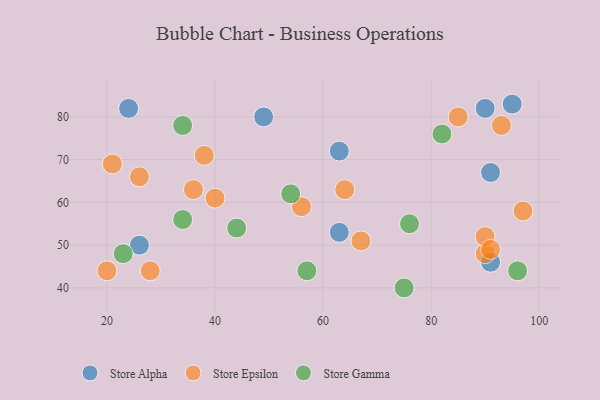
{"axis": {"x": "GDP", "y": "Life Expectancy"}, "legend": ["Store Alpha", "Store Epsilon", "Store Gamma"], "data": [{"x": "63", "y": 72, "type": "Store Alpha"}, {"x": "91", "y": 67, "type": "Store Alpha"}, {"x": "26", "y": 50, "type": "Store Alpha"}, {"x": "90", "y": 82, "type": "Store Alpha"}, {"x": "49", "y": 80, "type": "Store Alpha"}, {"x": "24", "y": 82, "type": "Store Alpha"}, {"x": "95", "y": 83, "type": "Store Alpha"}, {"x": "91", "y": 46, "type": "Store Alpha"}, {"x": "63", "y": 53, "type": "Store Alpha"}, {"x": "97", "y": 58, "type": "Store Epsilon"}, {"x": "90", "y": 48, "type": "Store Epsilon"}, {"x": "20", "y": 44, "type": "Store Epsilon"}, {"x": "28", "y": 44, "type": "Store Epsilon"}, {"x": "93", "y": 78, "type": "Store Epsilon"}, {"x": "26", "y": 66, "type": "Store Epsilon"}, {"x": "21", "y": 69, "type": "Store Epsilon"}, {"x": "36", "y": 63, "type": "Store Epsilon"}, {"x": "90", "y": 52, "type": "Store Epsilon"}, {"x": "38", "y": 71, "type": "Store Epsilon"}, {"x": "56", "y": 59, "type": "Store Epsilon"}, {"x": "91", "y": 49, "type": "Store Epsilon"}, {"x": "40", "y": 61, "type": "Store Epsilon"}, {"x": "64", "y": 63, "type": "Store Epsilon"}, {"x": "67", "y": 51, "type": "Store Epsilon"}, {"x": "85", "y": 80, "type": "Store Epsilon"}, {"x": "34", "y": 78, "type": "Store Gamma"}, {"x": "54", "y": 62, "type": "Store Gamma"}, {"x": "57", "y": 44, "type": "Store Gamma"}, {"x": "44", "y": 54, "type": "Store Gamma"}, {"x": "76", "y": 55, "type": "Store Gamma"}, {"x": "34", "y": 56, "type": "Store Gamma"}, {"x": "23", "y": 48, "type": "Store Gamma"}, {"x": "96", "y": 44, "type": "Store Gamma"}, {"x": "82", "y": 76, "type": "Store Gamma"}, {"x": "75", "y": 40, "type": "Store Gamma"}]}